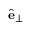
\hat { \mathbf { e } } _ { \perp }